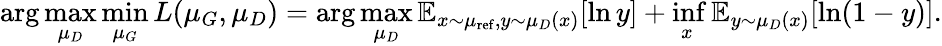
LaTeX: \arg\operatorname*{max}_{\mu_{D}}\operatorname*{min}_{\mu_{G}}L(\mu_{G},\mu_{D})=\arg\operatorname*{max}_{\mu_{D}}\mathbb{E}_{x\sim\mu_{\mathrm{ref}},y\sim\mu_{D}(x)}[\ln y]+\operatorname*{inf}_{x}\mathbb{E}_{y\sim\mu_{D}(x)}[\ln(1-y)].